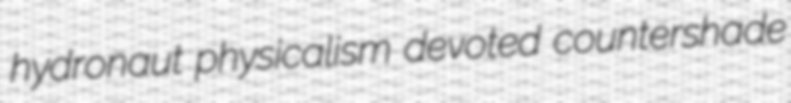
hydronaut physicalism devoted countershade